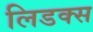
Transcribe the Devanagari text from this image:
लिडक्स